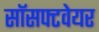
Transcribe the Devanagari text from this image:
सॉसफ्टवेयर